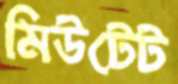
মিউটেট